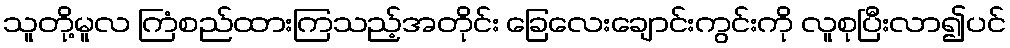
သူတို့မူလ ကြံစည်ထားကြသည့်အတိုင်း ခြေလေးချောင်းကွင်းကို လူစုပြီးလာ၍ပင်